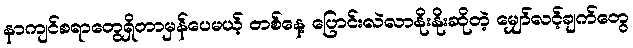
နာကျင်စရာတွေရှိတာမှန်ပေမယ့် တစ်နေ့ ပြောင်းလဲလာနိုးနိုးဆိုတဲ့ မျှော်လင့်ချက်တွေ